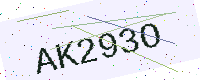
Text: AK293O